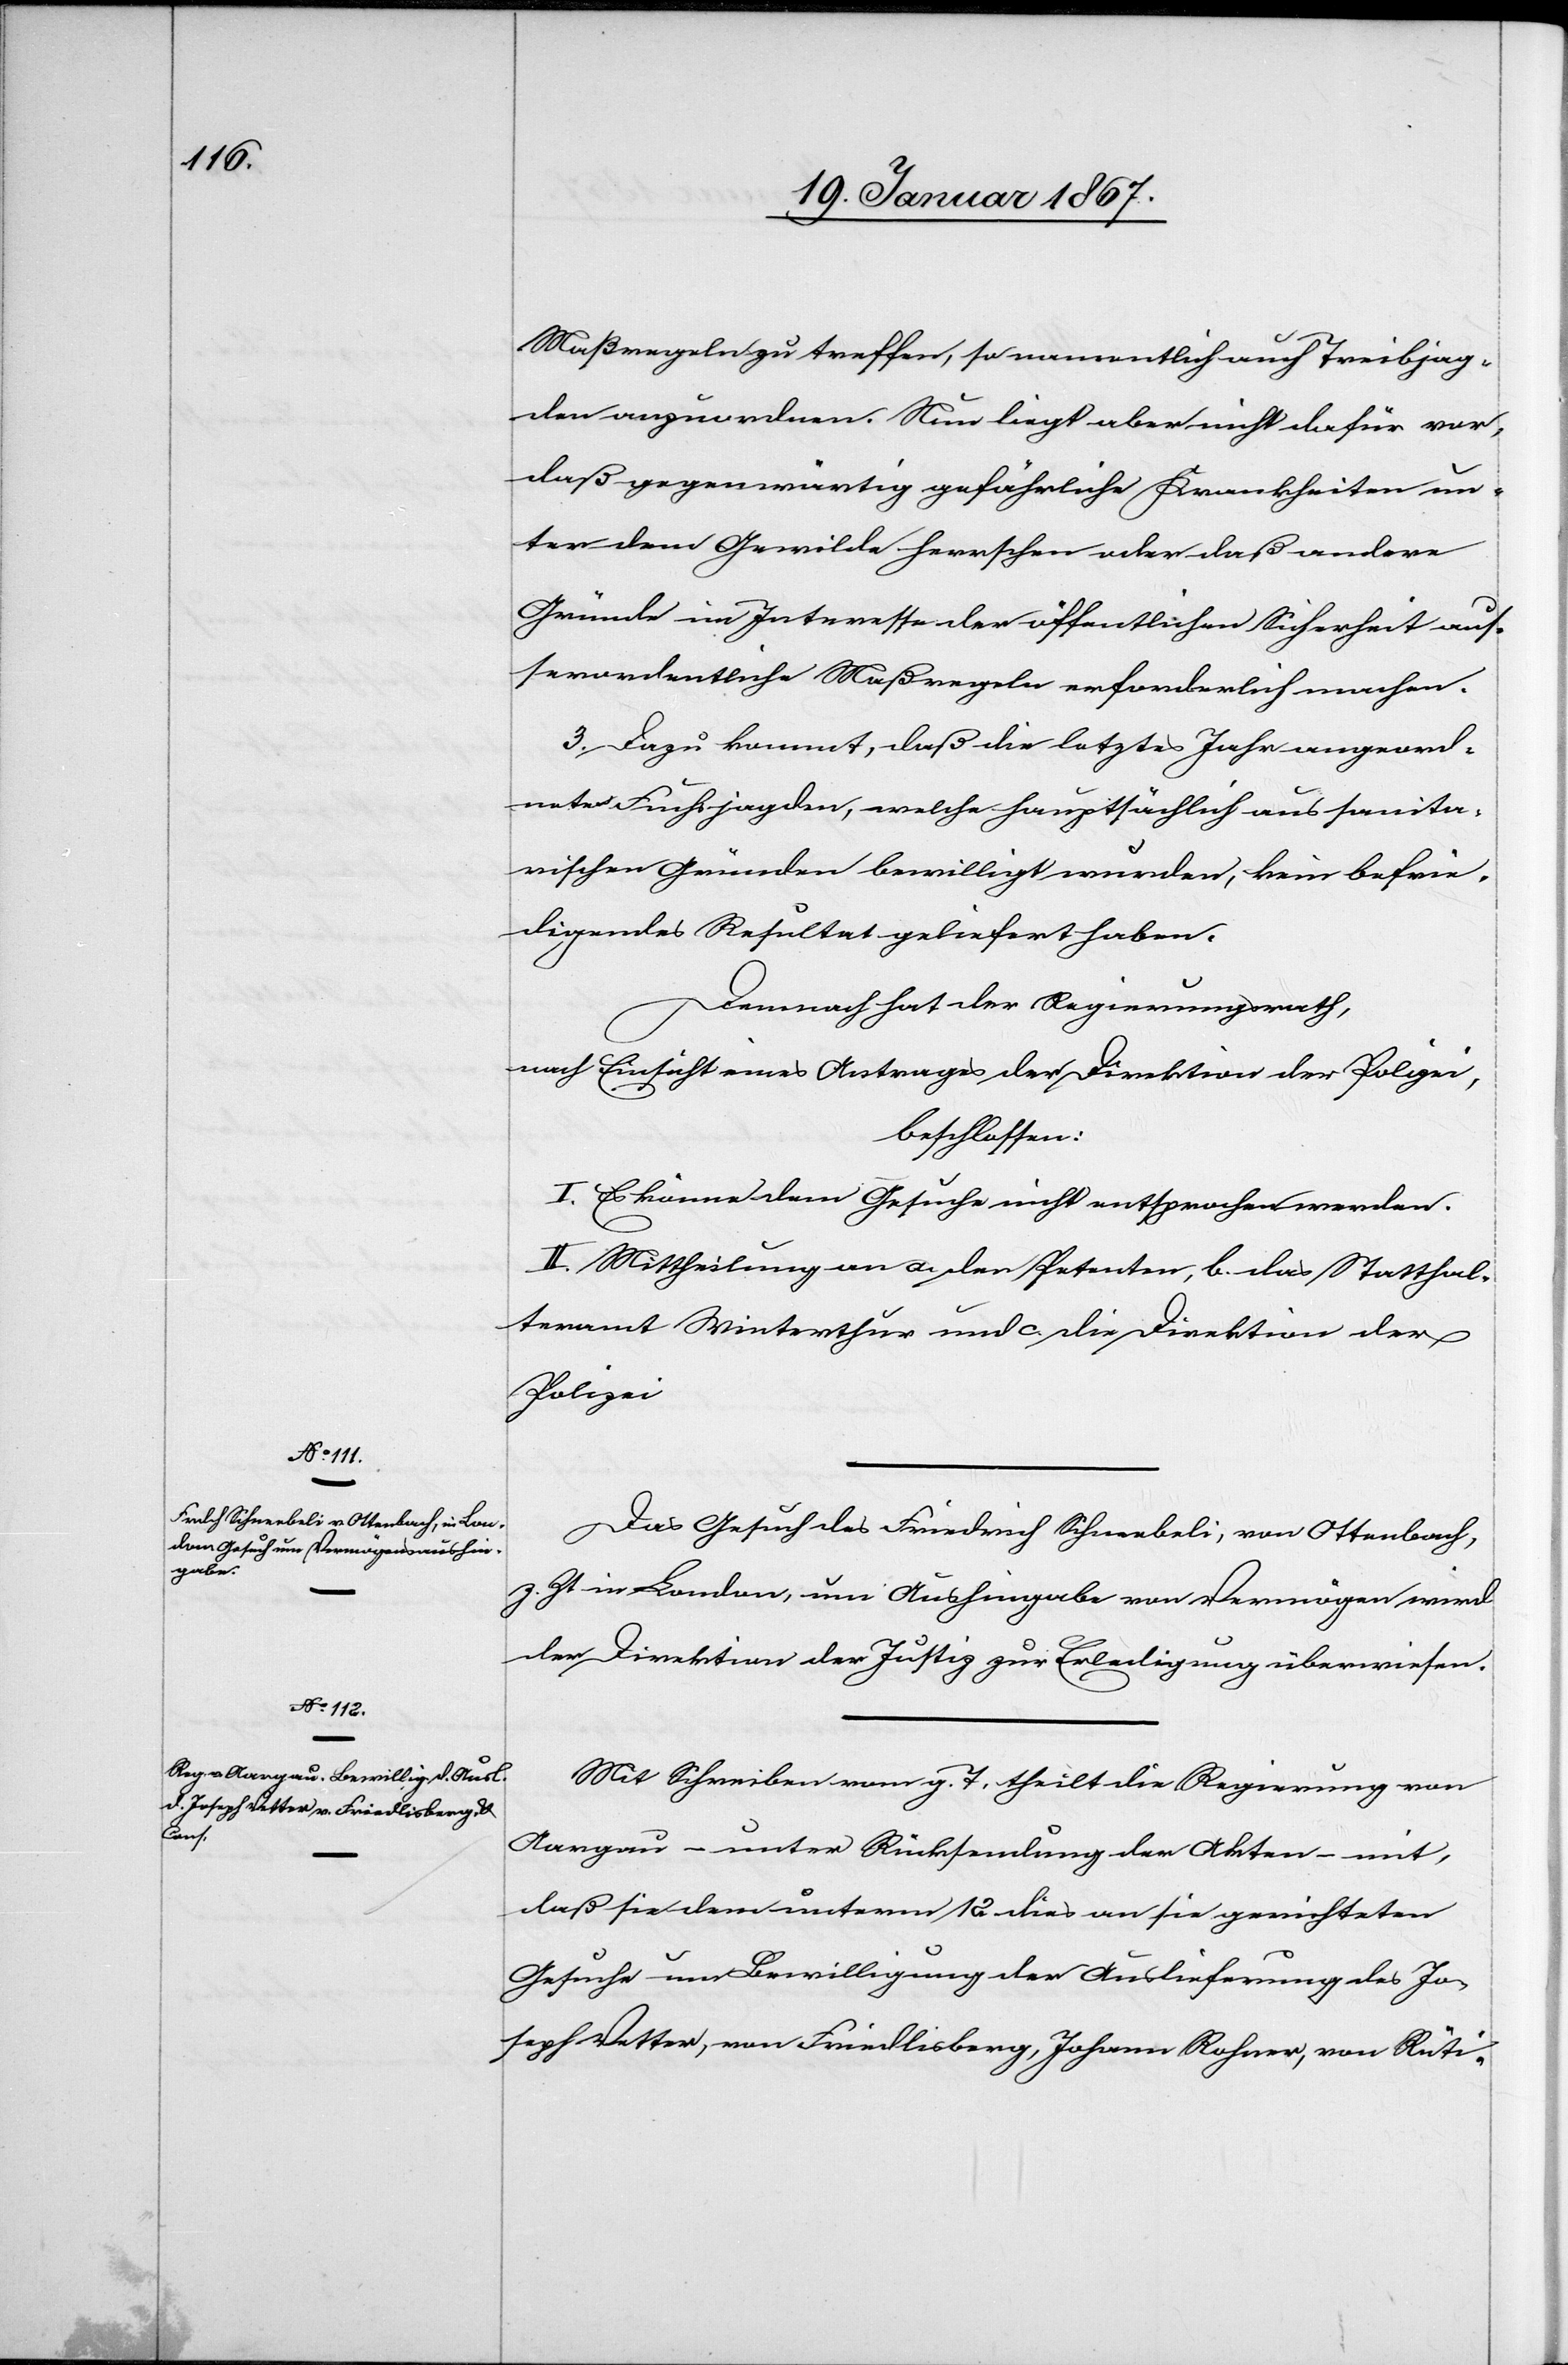
Maßregeln zu treffen, so namentlich auch Treibjag¬
den anzuordnen. Nun liegt aber nicht dafür vor,
daß gegenwärtig gefährliche Krankheiten un¬
ter dem Gewilde herrschen oder daß andere
Gründe im Interesse der öffentlichen Sicherheit auß¬
erordentliche Maßregeln erforderlich machen.
3. Dazu kommt, daß die letztes Jahr angeord¬
neten Fuchsjagden, welche hauptsächlich aus sanita¬
rischen Gründen bewilligt wurden, kein befrie¬
digendes Resultat geliefert haben.
Demnach hat der Regierungsrath,
nach Einsicht eines Antrages der Direktion der Polizei,
beschlossen:
I. Es könne dem Gesuche nicht entsprochen werden.
II. Mittheilung an a. den Petenten, b. das Statthal¬
teramt Winterthur und c. die Direktion der
Polizei.
Das Gesuch des Friedrich Schneebeli, von Ottenbach,
z. Zt in London, um Aushingabe von Vermögen wird
der Direktion der Justiz zur Erledigung überwiesen.
Mit Schreiben vom g. T. theilt die Regierung von
Aargau – unter Rücksendung der Akten – mit,
daß sie dem unterm 12. dies an sie gerichteten
Gesuche um Bewilligung der Auslieferung des Jo¬
seph Vetter, von Friedlisberg, Johann Rohner, von Rüti-